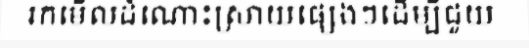
រកមើលដំណោះស្រាយផ្សេងៗដើម្បីជួយ